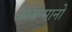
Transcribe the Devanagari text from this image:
अजन्मानो